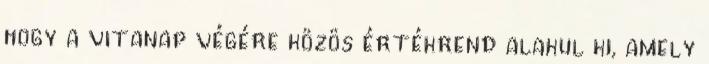
hogy a vitanap végére közös értékrend alakul ki, amely